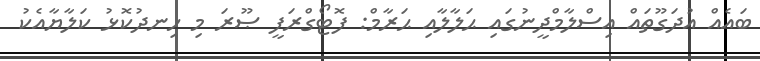
ބައެއް އުދަގޫތައް އިސްލާމްދީނުގައި ޙަލާލާއި ޙަރާމް: ފޮޓޯގްރަފީ ޞޫރަ މި ހިނދުކޮޅު ކަލާޔާއެކު